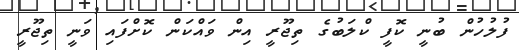
ފުލުހުން ބުނީ ކޮފީ ކްލަބުގެ ތިޖޫރީ އިން ވައްކަން ކޮށްފައި ވަނީ ތިޖޫރީ